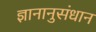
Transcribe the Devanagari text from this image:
ज्ञानानुसंधान